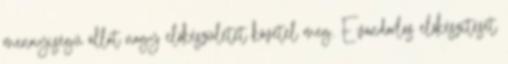
mennyiségű állat nagy előkészületet követel meg. E vándorlás előkészítését